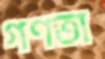
গণতা